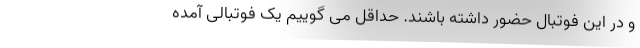
و در این فوتبال حضور داشته باشند. حداقل می ‌گوییم یک فوتبالی آمده